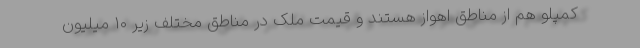
کمپلو هم از مناطق اهواز هستند و قیمت ملک در مناطق مختلف زیر ۱۰ میلیون